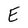
Character: E